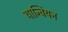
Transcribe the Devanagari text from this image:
यान्बियन